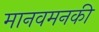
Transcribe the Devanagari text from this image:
मानवमनकी